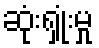
ဆုံးရှုံးမှု